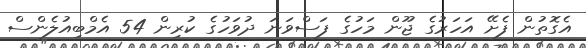
އެގޮތުން ފެށޭ އަހަރުގެ ޖޫން މަހުގެ ފަސްވަނަ ދުވަހުގެ ކުރިން 54 އެމްބިއުލެންސް